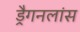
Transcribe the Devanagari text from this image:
ड्रैगनलांस